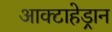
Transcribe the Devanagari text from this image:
आक्टाहेड्रान